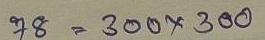
78 = 300 x 300